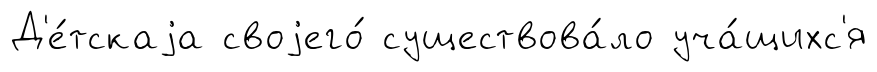
Д'е́тскаjа своjего́ существова́ло уча́щихс'я